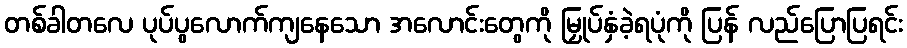
တစ်ခါတလေ ပုပ်ပွလောက်ကျနေသော အလောင်းတွေကို မြှုပ်နှံခဲ့ရပုံကို ပြန် လည်ပြောပြရင်း